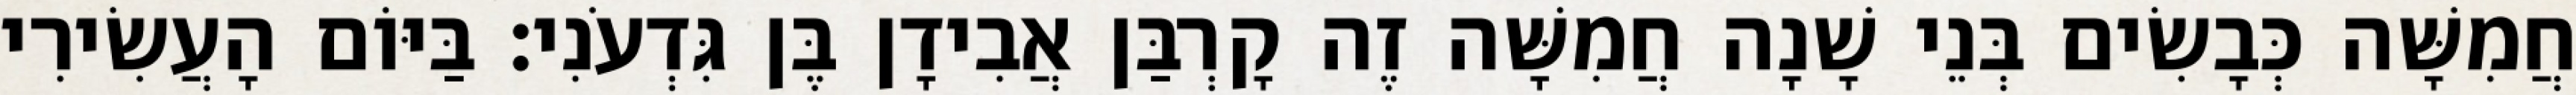
חֲמִשָּׁה כְּבָשִׂים בְּנֵי שָׁנָה חֲמִשָּׁה זֶה קָרְבַּן אֲבִידָן בֶּן גִּדְעֹנִי׃ בַּיּוֹם הָעֲשִׂירִי